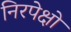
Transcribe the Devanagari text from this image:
निरपेक्षो